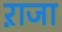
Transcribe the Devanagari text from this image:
ऱाजा